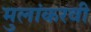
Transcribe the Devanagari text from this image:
मुलांकरवी